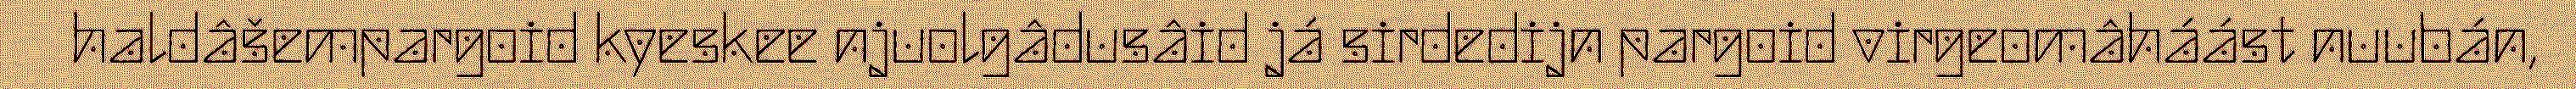
haldâšempargoid kyeskee njuolgâdusâid já sirdedijn pargoid virgeomâháást nuubán,